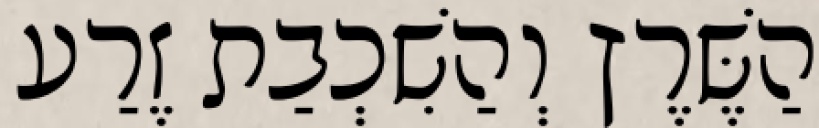
הַשֶּׁרֶץ וְהַשִׁכְבַת זֶרַע